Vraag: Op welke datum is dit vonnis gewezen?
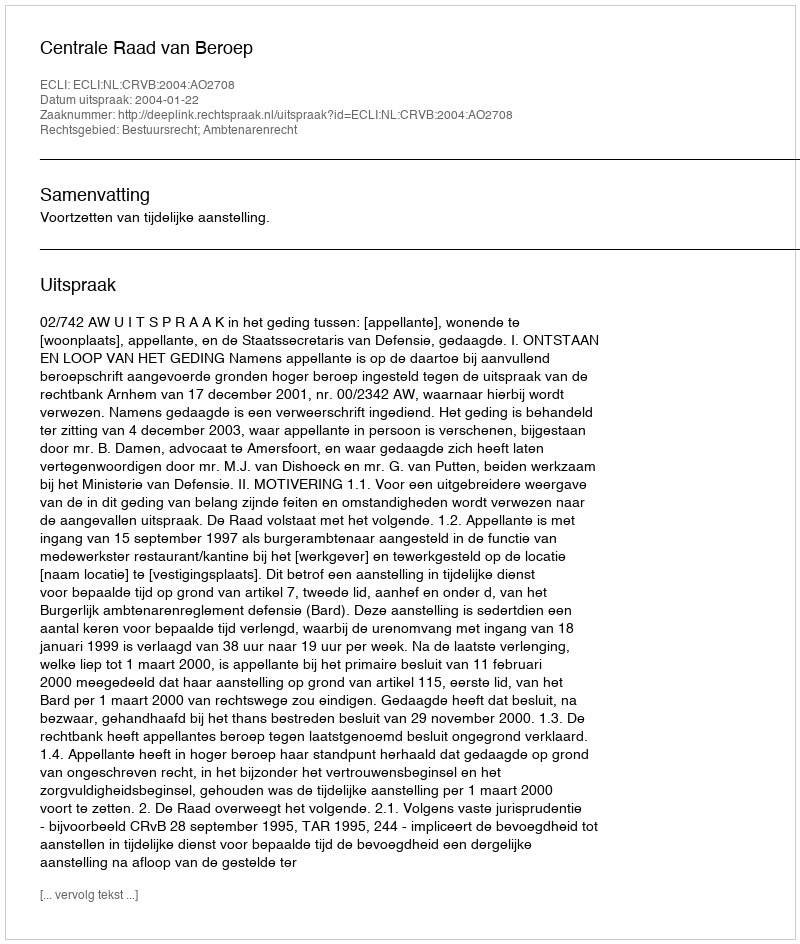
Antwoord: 2004-01-22